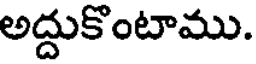
అద్దుకొంటాము.